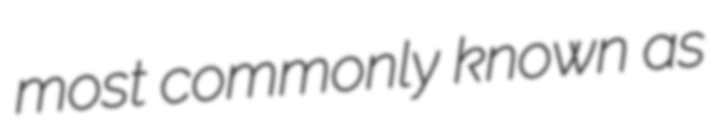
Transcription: most commonly known as